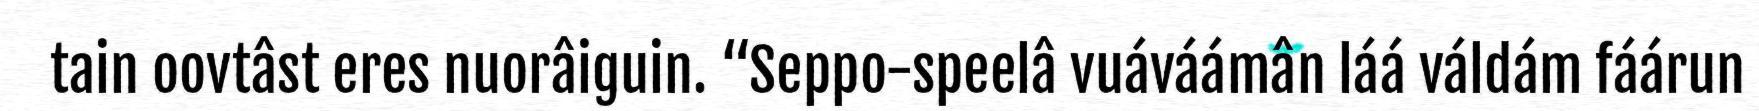
tain oovtâst eres nuorâiguin. “Seppo-speelâ vuáváámân láá váldám fáárun